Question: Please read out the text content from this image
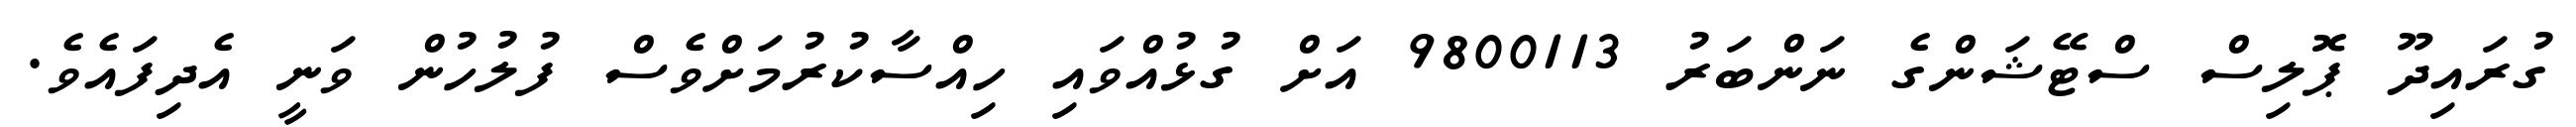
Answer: ގުރައިދޫ ޕޮލިސް ސްޓޭޝަންގެ ނަންބަރު 9800113 އަށް ގުޅުއްވައި ހިއްސާކުރުމަށްވެސް ފުލުހުން ވަނީ އެދިފައެވެ.